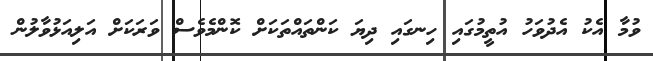
ވުމާ އެކު އެދުވަހު އުތީމުގައި ހިނގައި ދިޔަ ކަންތައްތަކަށް ކޮންމެވެސް ވަރަކަށް އަލިއަޅުވާލުން